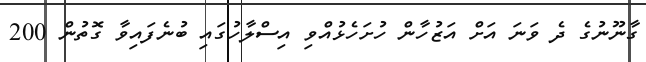
ގާނޫނުގެ ދެ ވަނަ އަށް އަޒުހާން ހުށަހެޅުއްވި އިސްލާހުގައި ބުނެފައިވާ ގޮތުން 200